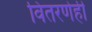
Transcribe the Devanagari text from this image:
वितरणेही